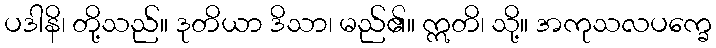
ပဒါနိ၊ တို့သည်။ ဒုတိယာ ဒိသာ၊ မည်၏။ ဣတိ၊ သို့။ အကုသလပက္ခေ